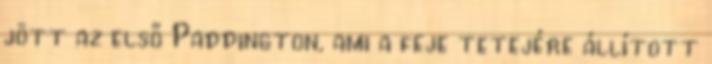
jött az első Paddington, ami a feje tetejére állított